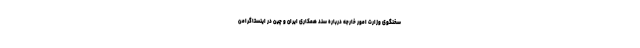
سخنگوی وزارت امور خارجه درباره سند همکاری ایران و چین در اینستاگرامن